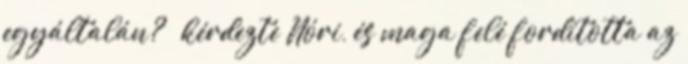
egyáltalán? – kérdezte Nóri, és maga felé fordította az